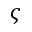
\varsigma